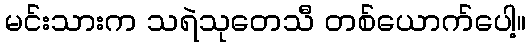
မင်းသားက သရဲသုတေသီ တစ်ယောက်ပေါ့။